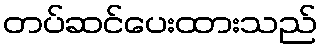
တပ်ဆင်ပေးထားသည်